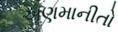
અણમાનીતો